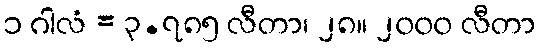
၁ ဂါလံ = ၃.၇၈၅ လီတာ၊ ၂၈။ ၂၀၀၀ လီတာ